Lunatic asylums in Bengal annual reports 1888-1898 - 1888-1898
Year: 1888
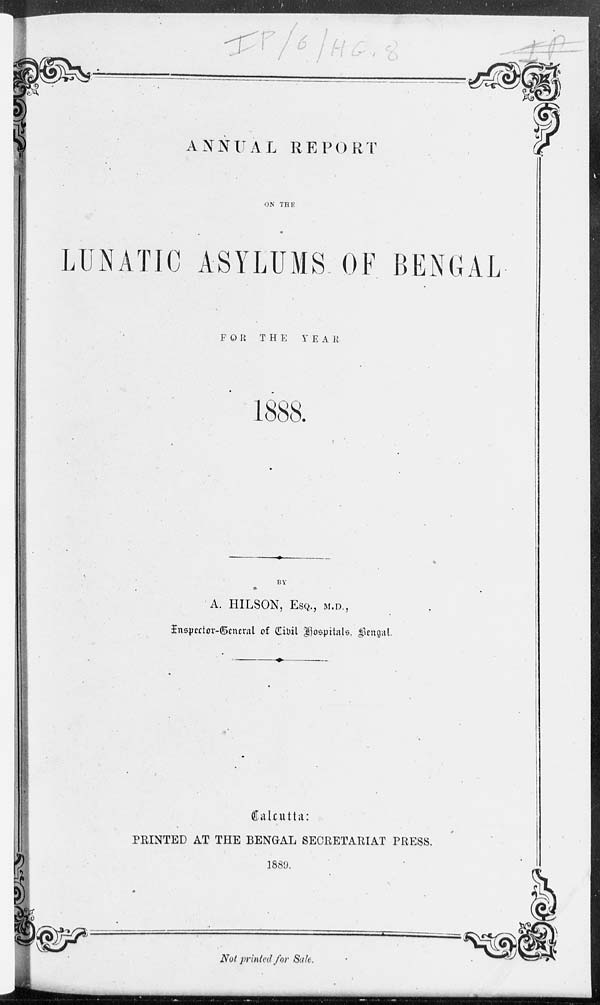
ANNUAL REPORT
ON THE
LUNATIC ASYLUMS OF BENGAL
FOR THE
YEAR
1888.
BY
A. HILSON, ESQ., M.D.,
Inspector-General of Civil Hospitals, Bengal.
Calcutta:
PRINTED AT THE BENGAL SECRETARIAT PRESS.
1889.
Not printed for Sale.